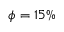
\phi = 1 5 \%